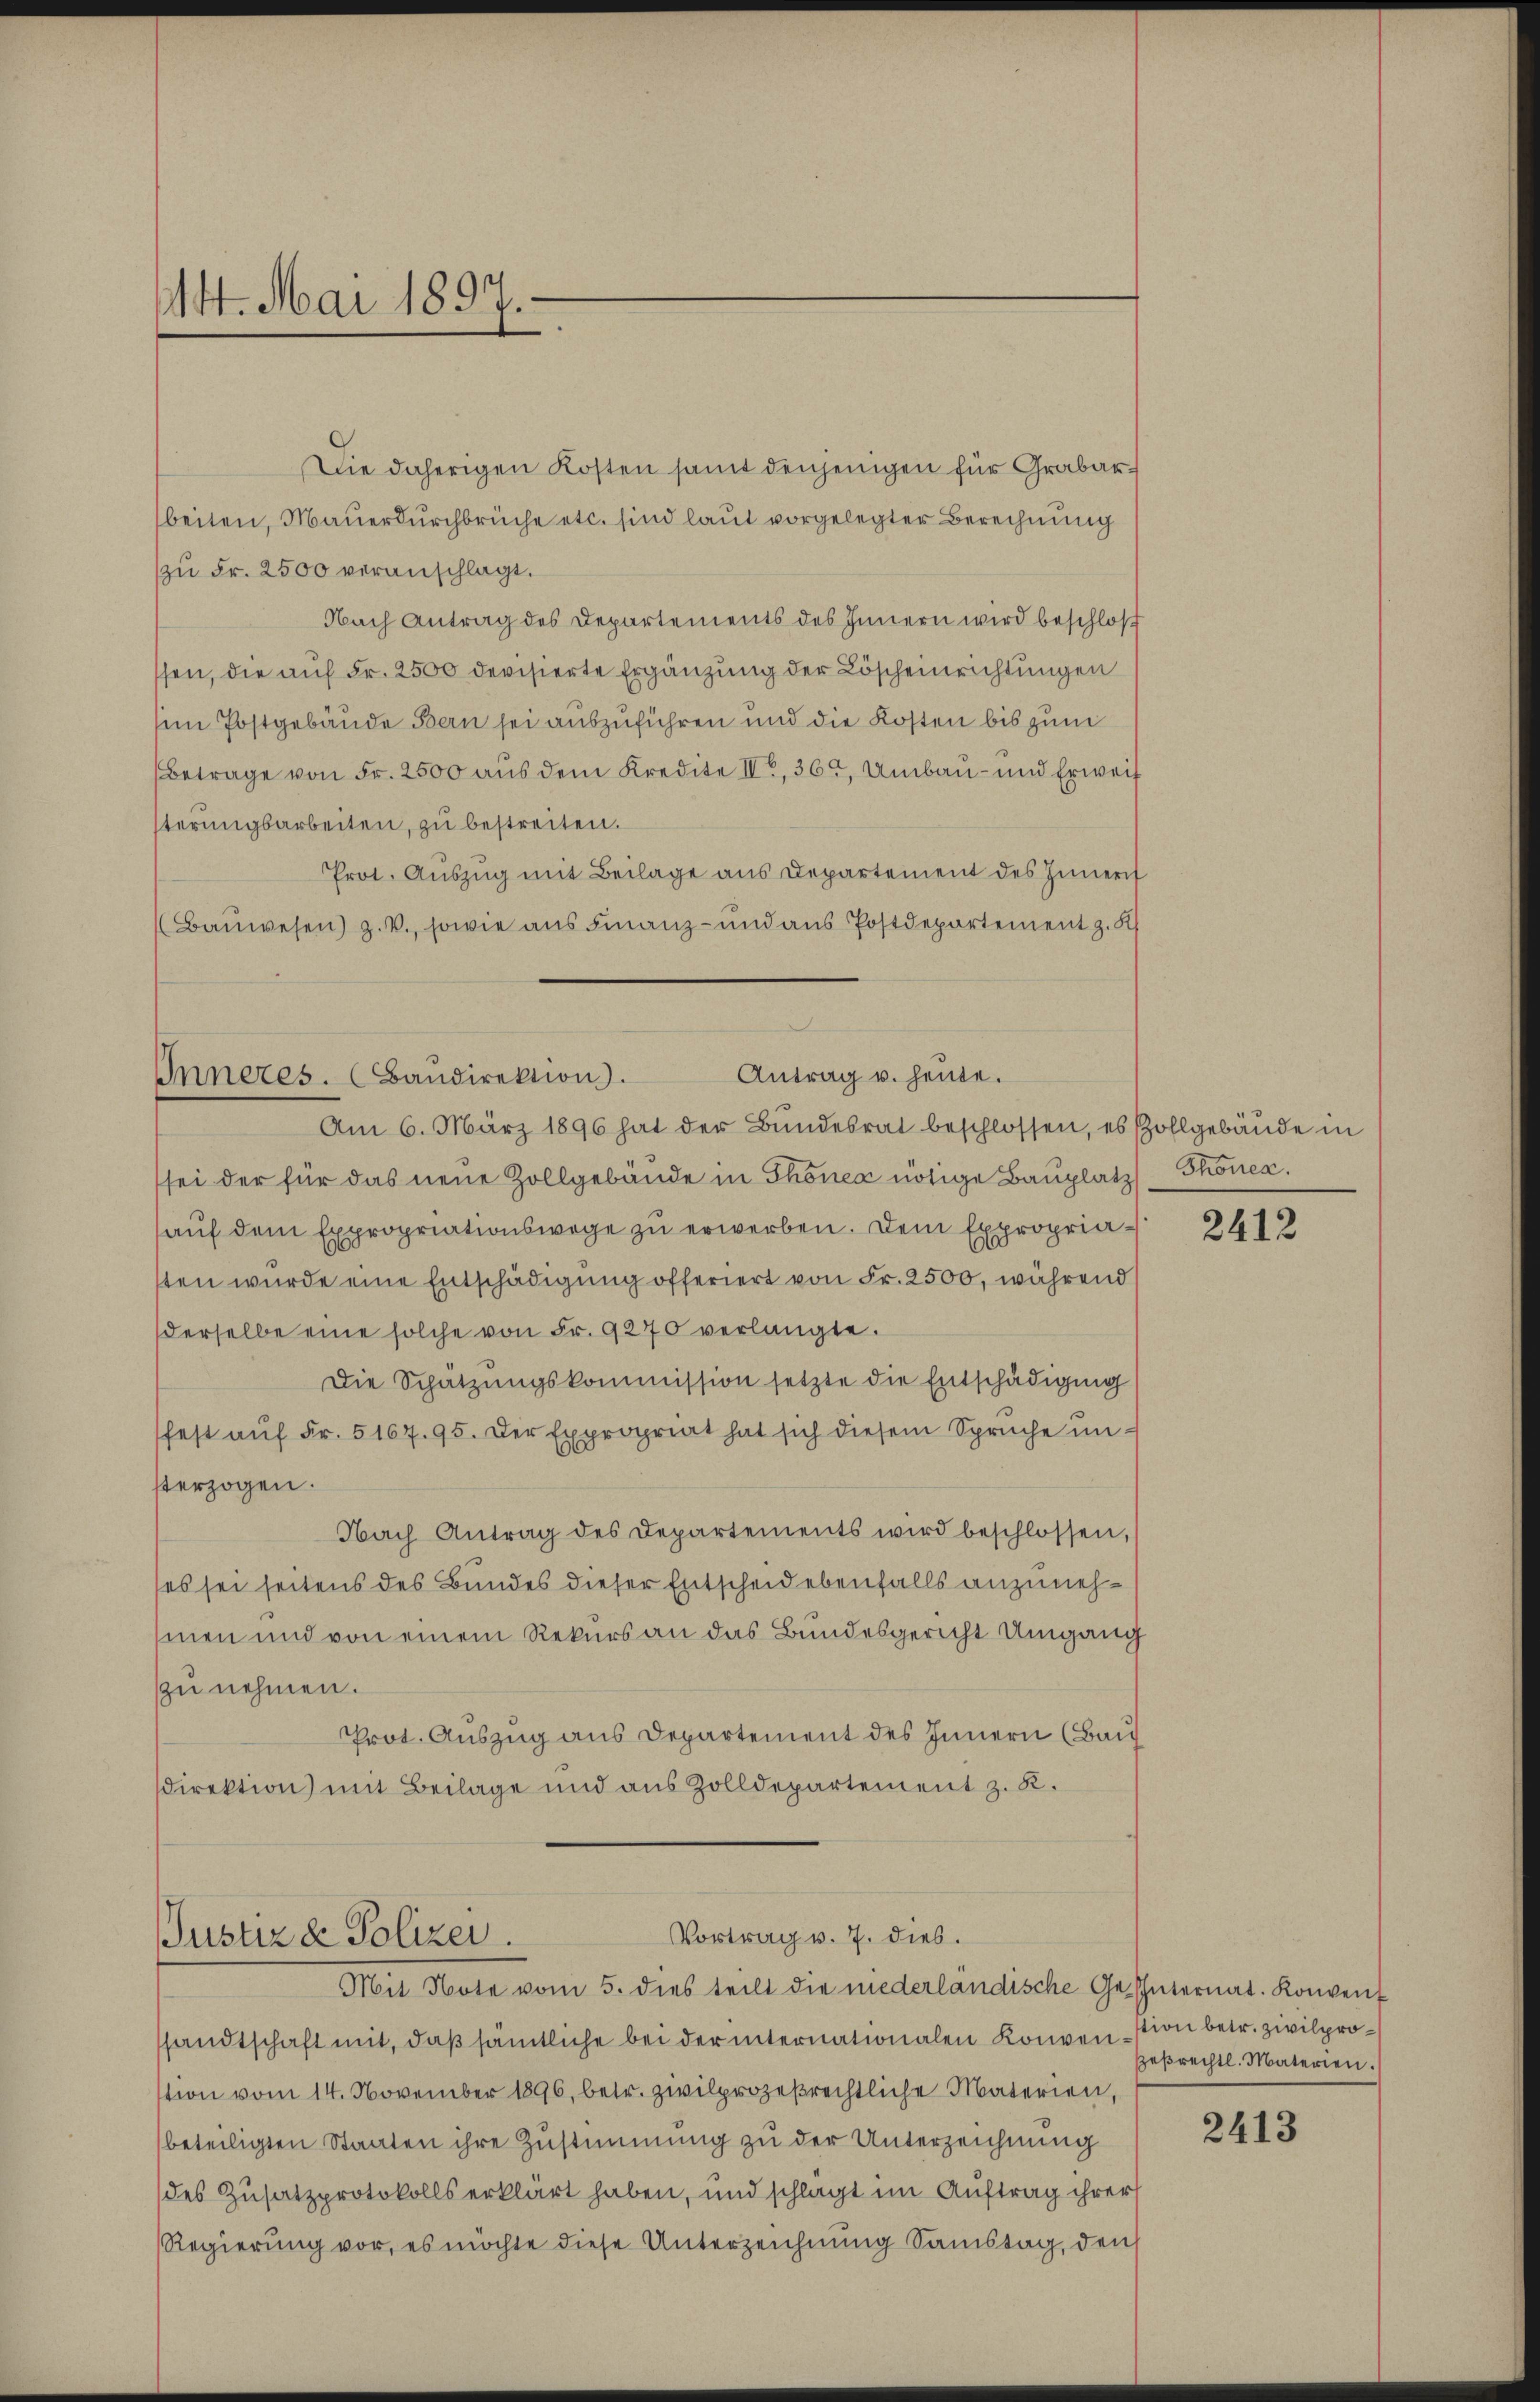
14. Mai 1897.

Antrag u. heute.
Inneres. (Baŭdirektion.

Vortrag v. 7. dies.
Justiz & Polizei.
Mit Note vom 5. dies teilt die niederländische Gehüternat. Konvent

Die daherigen Kosten samt denjenigen für Grabarbeiten, Mauerdurchbrüche etc. sind laut vorgelegter Berechnung
zu Fr. 2500 veranschlagt.
Nach Antrag des Departements des Innern wird beschloß
ssen, die auf Fr. 2500 devisierte Ergänzung der Löscheinrichtungen
sim Postgebäude Bern sei auszuführen und die Kosten bis zum
Betrage von Fr. 2500 aus dem Kredite II., 365, Umbau- und Erweis
sterungsarbeiten, zu bestreiten.
Prot. Auszug mit Beilage aus Departement des Innern
(Bauwesen) z. V., sowie aus Finanz- und aus Postdepartement z. K

Am 6. März 1896 hat der Bŭndesrat beschlossen, es Zollgebäŭde in
sei der für das neue Zollgebäude in Thoner nötige Bauplatz Thonen.
auf dem Expropriationswege zu erwerben. Dem Expropriasten wurde eine Entschädigung offeriert von Fr. 2500, während
derselbe eine solche von Fr. 9270 verlangte.
Die Schätzungskommission setzte die Entschädigung
fest auf Fr. 5167. 95. Der Expropriat hat sich diesem Spruche un-
sterzogen.
Nach Antrag des Departements wird beschlossen,
(es sei seitens des Bundes dieser Entscheid ebenfalls anzunehsmen und von einem Rekurs an das Bundesgericht Umgang
zu nehmen.
Prot. Auszug aus Departement des Innern (Bauf
direktion) mit Beilage und aus Zolldepartement z. R.

sandtschaft mit, daß sämtliche bei der internationalen Konvention betr. zivilprotion vom 14. November 1896, betr. zwilprozesrechtliche Materien,
beteiligten Staaten ihre Zustimmung zu der Unterzeichnung
des Zusatzprotokolls erklärt haben, und schlagt im Auftrag ihrer
Regierung vor, es möchte diese Unterzeichnung Samstag, den

2412

Pesrechtl. Materien.

2413